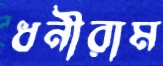
ধনীরাম